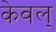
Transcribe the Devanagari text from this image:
केवल्